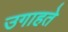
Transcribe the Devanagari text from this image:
उगाहते